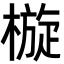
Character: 㯀